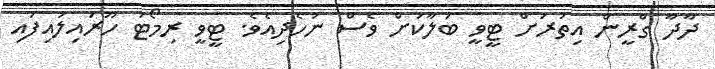
ދާދާ ގްރީން އިތުރަށް ޓީވީ ބަލާކަށް ވެސް ނުހެދިއެވެ. ޓީވީ ރިމޯޓު ހޫރައިލައިފައި